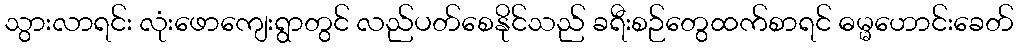
သွားလာရင်း လုံးဖောကျေးရွာတွင် လည်ပတ်စေနိုင်သည် ခရီးစဉ်တွေထက်စာရင် ဓမ္မဟောင်းခေတ်